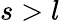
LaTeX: s>l